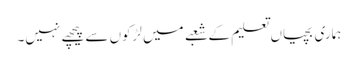
ہماری بچیاں تعلیم کے شعبے میں لڑکوں سے پیچھے نہیں۔